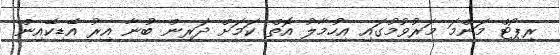
ރިޕޯޓް މަންމަ މަރުވުމުގައި އިހުމާލު އޮތް ކަމަށް ދަރިން ބުނާ އިރު އޭޑިކޭއިން